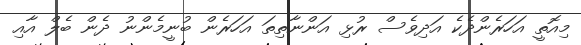
މިއޮތީ އަހަރެންދެކެ އަދިވެސް ރުޅި އަންނާތިތަ އަހަރެން ބުނީމެންނު ދެން ބެލް އާއި